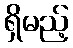
ရှိမည့်